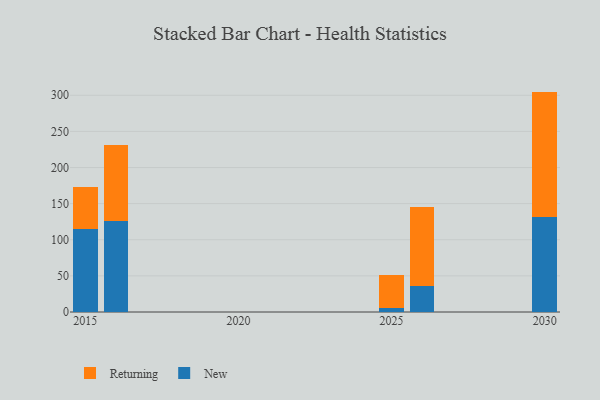
{"axis": {"x": "Year", "y": "Waste Production (Tons)"}, "legend": ["New", "Returning"], "data": [{"x": "2015", "y": 114.7, "type": "New"}, {"x": "2015", "y": 58.3, "type": "Returning"}, {"x": "2025", "y": 5.7, "type": "New"}, {"x": "2025", "y": 45.4, "type": "Returning"}, {"x": "2026", "y": 36.5, "type": "New"}, {"x": "2026", "y": 109.4, "type": "Returning"}, {"x": "2016", "y": 126.2, "type": "New"}, {"x": "2016", "y": 105.3, "type": "Returning"}, {"x": "2030", "y": 131.0, "type": "New"}, {"x": "2030", "y": 174.1, "type": "Returning"}]}